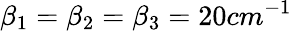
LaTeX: \beta_{1}=\beta_{2}=\beta_{3}=20cm^{-1}